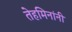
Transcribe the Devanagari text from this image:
तेहमिनांनी